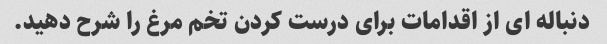
دنباله ای از اقدامات برای درست کردن تخم مرغ را شرح دهید.